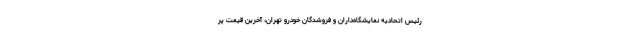
رئیس اتحادیه نمایشگاه‌داران و فروشدگان خودرو تهران، آخرین قیمت پر